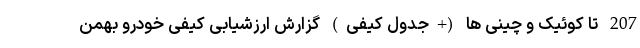
207 تا کوئیک و چینی ها (+جدول کیفی) گزارش ارزشیابی کیفی خودرو بهمن